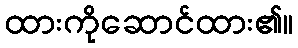
ထားကိုဆောင်ထား၏။